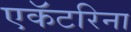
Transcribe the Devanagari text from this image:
एकॅटरिना